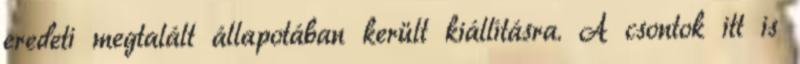
eredeti megtalált állapotában került kiállításra. A csontok itt is